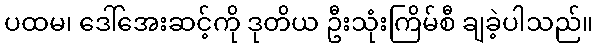
ပထမ၊ ဒေါ်အေးဆင့်ကို ဒုတိယ ဦးသုံးကြိမ်စီ ချခဲ့ပါသည်။